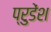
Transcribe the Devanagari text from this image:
प्रुडेंश